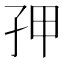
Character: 𭒾